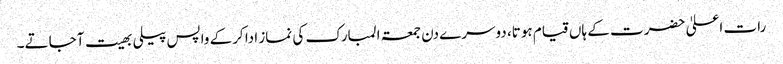
رات اعلیٰ حضرت کے ہاں قیام ہوتا، دوسرے دن جمعۃ المبارک کی نماز ادا کرکے واپس پیلی بھیت آجاتے۔